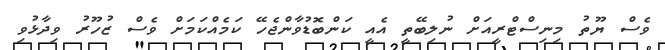
ވެސް ޔޫތު މިނިސްޓްރީއަށް ނުލިބޭތީ އެއީ ކަންބޮޑުވާންޖެހޭ ކަމެއްކަމަށް ވެސް ޒުހޫރު ވިދާޅުވި